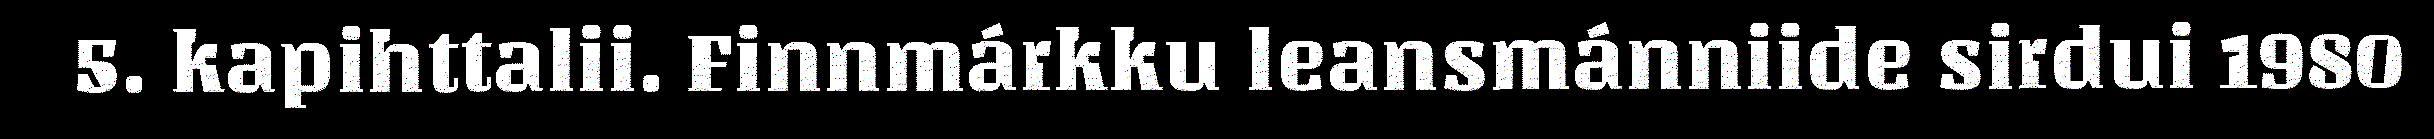
5. kapihttalii. Finnmárkku leansmánniide sirdui 1980